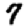
Digit: 7